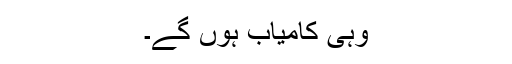
وہی کامیاب ہوں گے۔